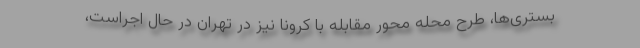
بستری‌ها، طرح محله محور مقابله با کرونا نیز در تهران در حال اجراست،